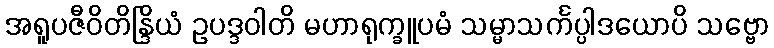
အရူပဇီဝိတိန္ဒြိယံ ဥပဒ္ဒဝါတိ မဟာရုက္ခူပမံ သမ္မာသင်္ကပ္ပါဒယောပိ သဗ္ဗော